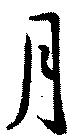
月